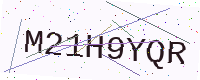
Text: M21H9YQR